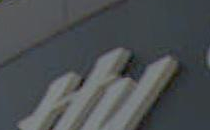
Hy